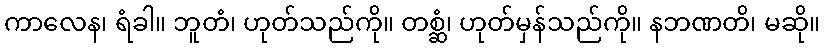
ကာလေန၊ ရံခါ။ ဘူတံ၊ ဟုတ်သည်ကို။ တစ္ဆံ၊ ဟုတ်မှန်သည်ကို။ နဘဏတိ၊ မဆို။